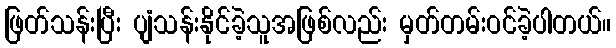
ဖြတ်သန်းပြီး ပျံသန်းနိုင်ခဲ့သူအဖြစ်လည်း မှတ်တမ်းဝင်ခဲ့ပါတယ်။